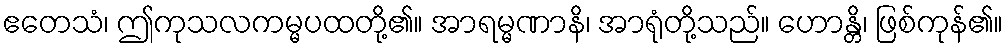
ဧတေသံ၊ ဤကုသလကမ္မပထတို့၏။ အာရမ္မဏာနိ၊ အာရုံတို့သည်။ ဟောန္တိ၊ ဖြစ်ကုန်၏။